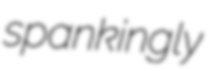
spankingly